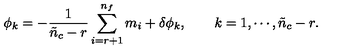
\phi _ { k } = - \frac { 1 } { \tilde { n } _ { c } - r } \sum _ { i = r + 1 } ^ { n _ { f } } m _ { i } + \delta \phi _ { k } , \qquad k = 1 , \cdots , \tilde { n } _ { c } - r .